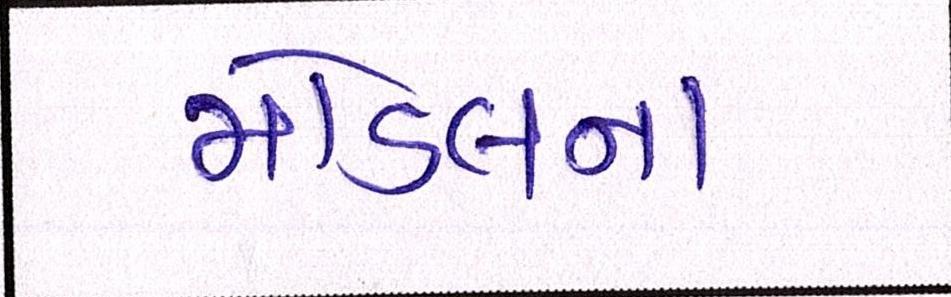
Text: મોડલના